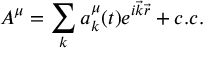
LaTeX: A ^ { \mu } = \sum _ { k } a _ { k } ^ { \mu } ( t ) e ^ { i { \vec { k } } { \vec { r } } } + c . c .